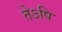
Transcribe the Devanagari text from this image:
तेऽपि